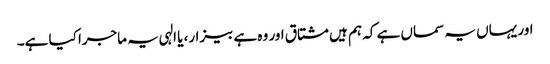
اور یہاں یہ سماں ہے کہ ہم ہیں مشتاق اور وہ ہے بیزار، یا الہی یہ ماجرا کیا ہے۔